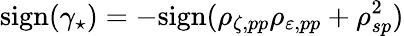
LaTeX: \mathrm{sign}(\gamma_{\star})=-\mathrm{sign}(\rho_{\zeta,pp}\rho_{\varepsilon,pp}+\rho_{sp}^{2})